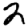
Digit: 2